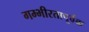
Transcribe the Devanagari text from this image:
गम्भीरतापूर्वक